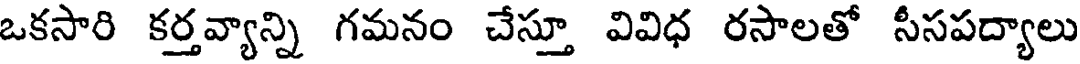
ఒకసారి కర్తవ్యాన్ని గమనం చేస్తూ వివిధ రసాలతో సీసపద్యాలు